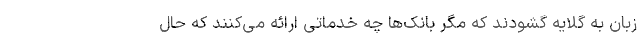
زبان به گلایه گشودند که مگر بانک‌ها چه خدماتی ارائه می‌کنند که حال